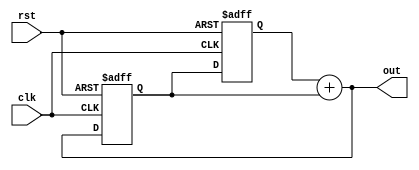
`timescale 1ns / 1ps
//////////////////////////////////////////////////////////////////////////////////
// Company: 
// Engineer: 
// 
// Design Name: 
// Module Name: Fibonacci_generator
// Project Name: 
// Target Devices: 
// Tool Versions: 
// Description: 
// 
// Dependencies: 
// 
// Revision:
// Revision 0.01 - File Created
// Additional Comments:
// 
//////////////////////////////////////////////////////////////////////////////////


module Fibonacci_generator(out,clk,rst);
input rst,clk;
output [31:0]out;
reg [31:0]num1,num2;
always @(posedge clk, posedge rst)
if(rst) begin
    num1<=0;
    num2<=1;
end
else begin
    num1<=num2;
    num2<=out;
end
assign out = num1+num2;
endmodule